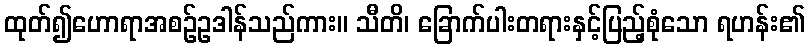
ထုတ်၍ဟောရာအစဉ်ဥဒါန်သည်ကား။ သီတိ၊ ခြောက်ပါးတရားနှင့်ပြည့်စုံသော ရဟန်း၏